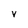
Character: V